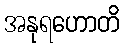
အနုရဟောတိ